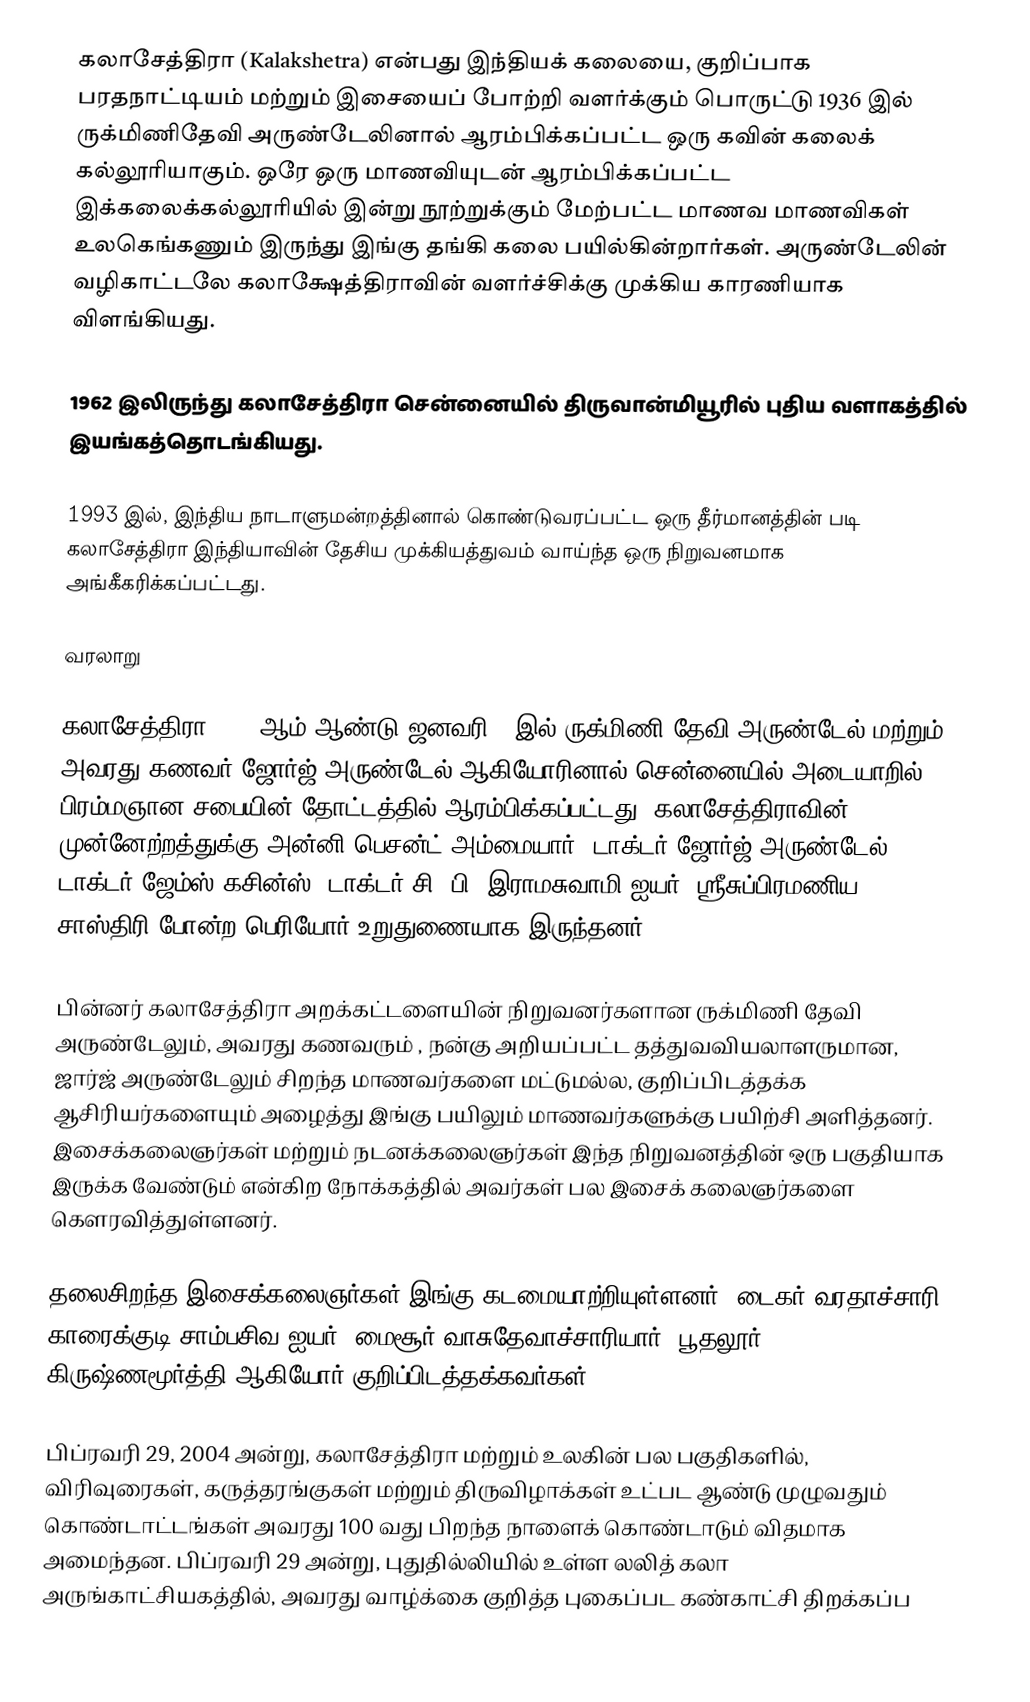
கலாசேத்திரா (Kalakshetra) என்பது இந்தியக் கலையை, குறிப்பாக பரதநாட்டியம் மற்றும் இசையைப் போற்றி வளர்க்கும் பொருட்டு 1936 இல் ருக்மிணிதேவி அருண்டேலினால் ஆரம்பிக்கப்பட்ட ஒரு கவின் கலைக் கல்லூரியாகும். ஒரே ஒரு மாணவியுடன் ஆரம்பிக்கப்பட்ட இக்கலைக்கல்லூரியில் இன்று நூற்றுக்கும் மேற்பட்ட மாணவ மாணவிகள் உலகெங்கணும் இருந்து இங்கு தங்கி கலை பயில்கின்றார்கள். அருண்டேலின் வழிகாட்டலே கலாக்ஷேத்திராவின் வளர்ச்சிக்கு முக்கிய காரணியாக விளங்கியது.

1962 இலிருந்து கலாசேத்திரா சென்னையில் திருவான்மியூரில் புதிய வளாகத்தில் இயங்கத்தொடங்கியது.

1993 இல், இந்திய நாடாளுமன்றத்தினால் கொண்டுவரப்பட்ட ஒரு தீர்மானத்தின் படி கலாசேத்திரா இந்தியாவின் தேசிய முக்கியத்துவம் வாய்ந்த ஒரு நிறுவனமாக அங்கீகரிக்கப்பட்டது.

வரலாறு

கலாசேத்திரா 1936 ஆம் ஆண்டு ஜனவரி 6 இல் ருக்மிணி தேவி அருண்டேல் மற்றும் அவரது கணவர் ஜோர்ஜ் அருண்டேல் ஆகியோரினால் சென்னையில் அடையாறில் பிரம்மஞான சபையின் தோட்டத்தில் ஆரம்பிக்கப்பட்டது. கலாசேத்திராவின் முன்னேற்றத்துக்கு அன்னி பெசன்ட் அம்மையார், டாக்டர் ஜோர்ஜ் அருண்டேல், டாக்டர் ஜேம்ஸ் கசின்ஸ், டாக்டர் சி. பி. இராமசுவாமி ஐயர், ஸ்ரீசுப்பிரமணிய சாஸ்திரி போன்ற பெரியோர் உறுதுணையாக இருந்தனர்.

பின்னர் கலாசேத்திரா அறக்கட்டளையின் நிறுவனர்களான ருக்மிணி தேவி அருண்டேலும், அவரது கணவரும் , நன்கு அறியப்பட்ட தத்துவவியலாளருமான, ஜார்ஜ் அருண்டேலும் சிறந்த மாணவர்களை மட்டுமல்ல, குறிப்பிடத்தக்க ஆசிரியர்களையும் அழைத்து இங்கு பயிலும் மாணவர்களுக்கு பயிற்சி அளித்தனர். இசைக்கலைஞர்கள் மற்றும் நடனக்கலைஞர்கள் இந்த நிறுவனத்தின் ஒரு பகுதியாக இருக்க வேண்டும் என்கிற நோக்கத்தில் அவர்கள் பல இசைக் கலைஞர்களை கௌரவித்துள்ளனர்.

தலைசிறந்த இசைக்கலைஞர்கள் இங்கு கடமையாற்றியுள்ளனர். டைகர் வரதாச்சாரி, காரைக்குடி சாம்பசிவ ஐயர், மைசூர் வாசுதேவாச்சாரியார், பூதலூர் கிருஷ்ணமூர்த்தி ஆகியோர் குறிப்பிடத்தக்கவர்கள்.

பிப்ரவரி 29, 2004 அன்று, கலாசேத்திரா மற்றும் உலகின் பல பகுதிகளில், விரிவுரைகள், கருத்தரங்குகள் மற்றும் திருவிழாக்கள் உட்பட ஆண்டு முழுவதும் கொண்டாட்டங்கள் அவரது 100 வது பிறந்த நாளைக் கொண்டாடும் விதமாக அமைந்தன. பிப்ரவரி 29 அன்று, புதுதில்லியில் உள்ள லலித் கலா அருங்காட்சியகத்தில், அவரது வாழ்க்கை குறித்த புகைப்பட கண்காட்சி திறக்கப்ப